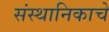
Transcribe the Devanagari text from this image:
संस्थानिकाचे